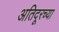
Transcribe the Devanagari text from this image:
अतिदूरच्या